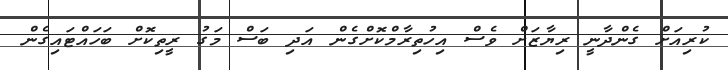
ކުރިއަށް ގެންދާނީ ރިޔާޒަށް ވެސް އިހުތިރާމްކޮށްގެން އަދި ބަސް މަގު ރީތިކޮށް ބަހައްޓައިގެން